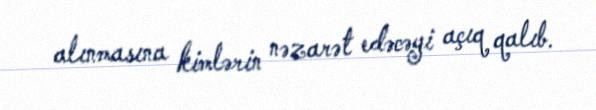
alınmasına kimlərin nəzarət edəcəyi açıq qalıb.